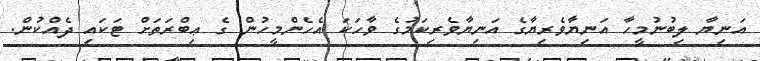
އަނިޔާ ލިބުނުމީހާ އަނިޔާވެރިޔާގެ އަނިޔާވެރިކަމުގެ ވާހަކަ އެހެންމީހުން ގެ ޢިބްރަތަށް ޓަކައި ދެއްކުން.